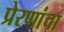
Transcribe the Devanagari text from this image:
प्रेरणांचा